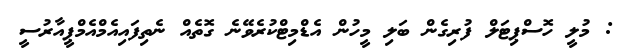
: މުލީ ހޮސްޕިޓަލް ފުރިގެން ބަލި މީހުން އެޑްމިޓްކުރެވޭނެ ގޮތެއް ނެތިފައިއެމްއެމްޕީއާރުސީ